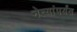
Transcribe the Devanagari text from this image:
नेत्यांपर्यंत